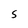
Character: S